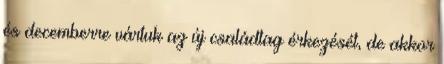
és decemberre vártuk az új családtag érkezését, de akkor